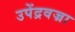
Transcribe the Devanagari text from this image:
उपेंद्रवज्रा